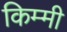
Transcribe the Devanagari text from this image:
किम्मी